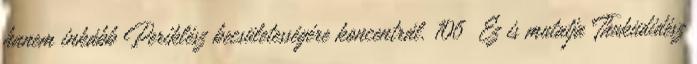
hanem inkább Periklész becsületességére koncentrál. 106 Ez is mutatja Thuküdidész